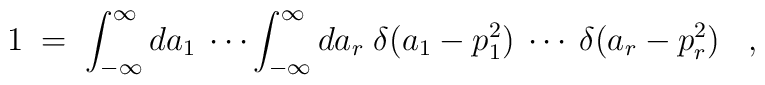
1 \;=\; \int_{-\infty}^\infty da_1 \:\cdots \int_{-\infty}^\infty da_r \; \delta(a_1 - p_1^2) \:\cdots\: \delta(a_r - p_r^2) \;\;\; ,